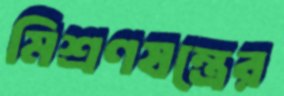
মিশ্রণযন্ত্রের